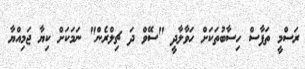
ރަސްމީ ތަފާސް ހިސާބުތަކަށް ހަވާލާދީ "ސޭވް ދަ ޗިލްރެން" ނަމަކަށް ކިޔާ ޖަމިއްޔާ